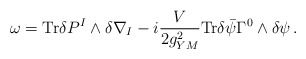
\begin{align*}\omega = {\rm Tr} \delta P^{I}\wedge \delta \nabla_{I}-i\frac{V}{2g_{YM}^{2}}{\rm Tr}\delta \bar \psi \Gamma^{0} \wedge \delta \psi \, .\end{align*}